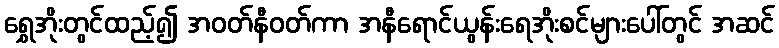
ရွှေအိုးတွင်ထည့်၍ အဝတ်နီဝတ်ကာ အနီရောင်ယွန်းရေအိုးစင်များပေါ်တွင် အဆင်